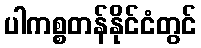
ပါကစ္စတန်နိုင်ငံတွင်